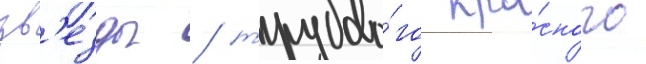
зв'езды / трудово́го кра́сного